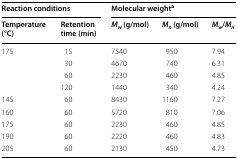
<table><thead><tr><td colspan="2"><b>Reaction conditions</b></td><td colspan="3"><b>Molecular weight<sup>a</sup></b></td></tr><tr><td><b>Temperature (°C)</b></td><td><b>Retention time (min)</b></td><td><b><i>M</i><sub><i>w</i></sub> (g/mol)</b></td><td><b><i>M</i><sub><i>n</i></sub> (g/mol)</b></td><td><b><i>M</i><sub><i>w</i></sub>/<i>M</i><sub><i>n</i></sub></b></td></tr></thead><tbody><tr><td rowspan="4">175</td><td>15</td><td>7540</td><td>950</td><td>7.94</td></tr><tr><td>30</td><td>4670</td><td>740</td><td>6.31</td></tr><tr><td>60</td><td>2230</td><td>460</td><td>4.85</td></tr><tr><td>120</td><td>1440</td><td>340</td><td>4.24</td></tr><tr><td>145</td><td>60</td><td>8430</td><td>1160</td><td>7.27</td></tr><tr><td>160</td><td>60</td><td>5720</td><td>810</td><td>7.06</td></tr><tr><td>175</td><td>60</td><td>2230</td><td>460</td><td>4.85</td></tr><tr><td>190</td><td>60</td><td>2220</td><td>460</td><td>4.83</td></tr><tr><td>205</td><td>60</td><td>2130</td><td>450</td><td>4.73</td></tr></tbody></table>